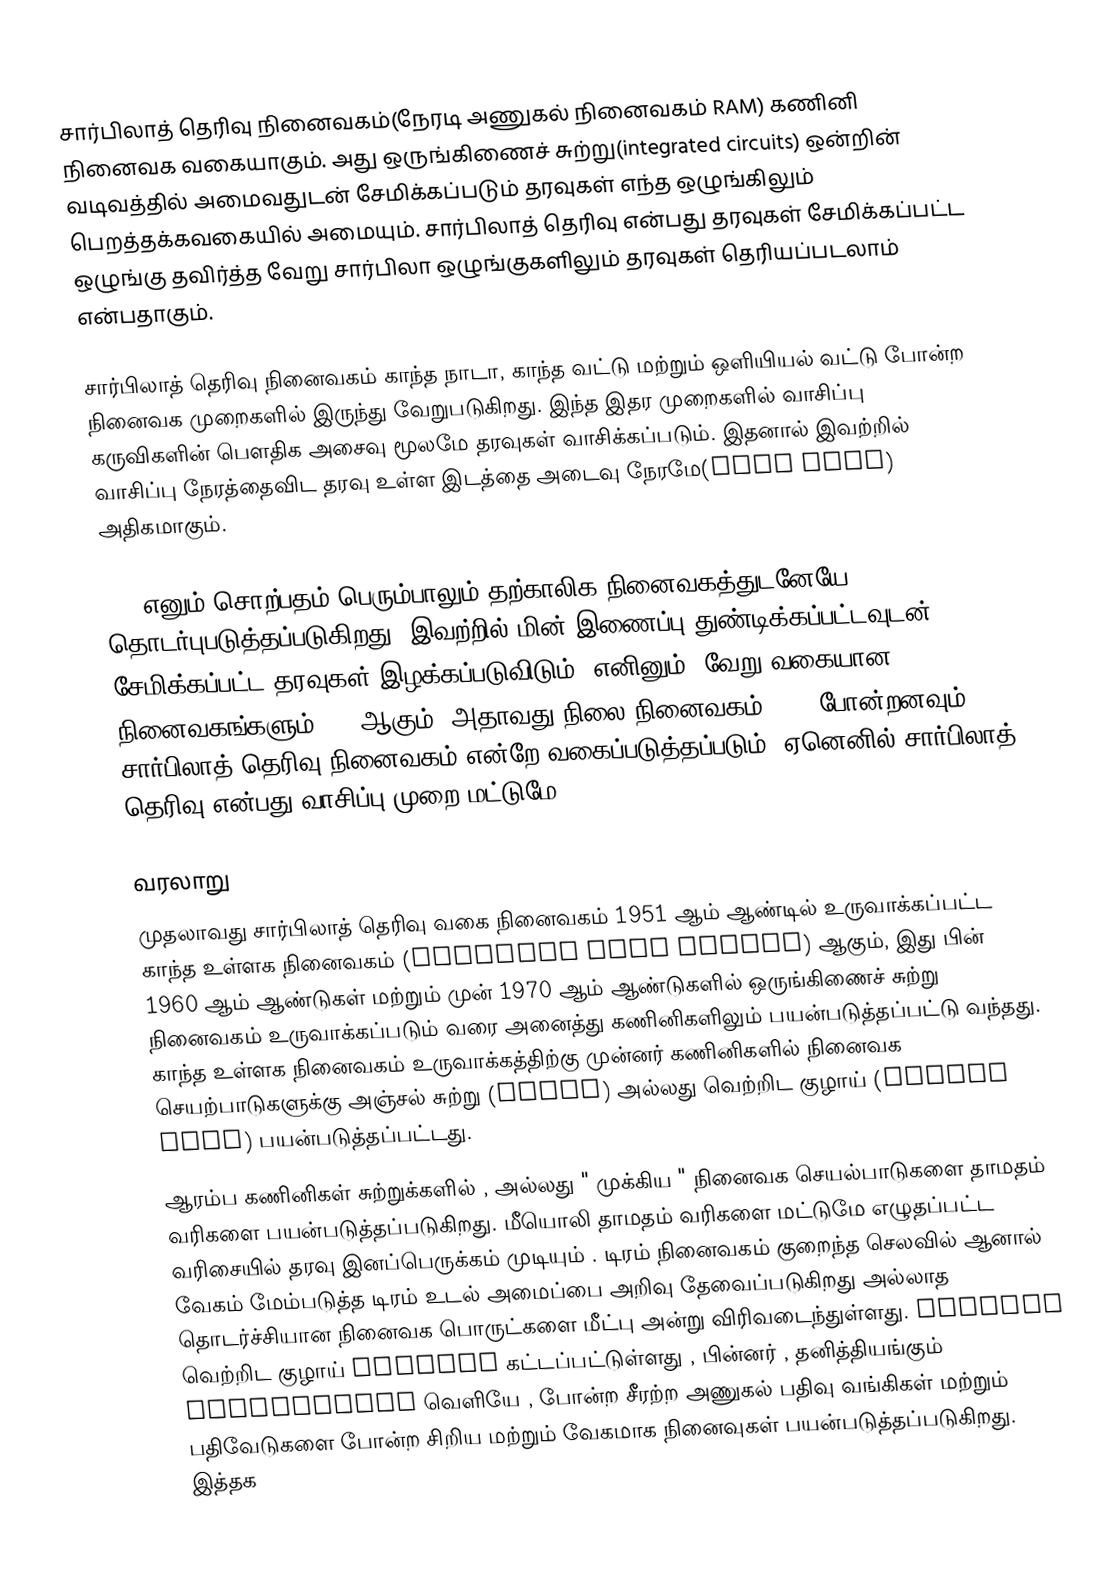
சார்பிலாத் தெரிவு நினைவகம்(நேரடி அணுகல் நினைவகம் RAM) கணினி நினைவக வகையாகும். அது ஒருங்கிணைச் சுற்று(integrated circuits) ஒன்றின் வடிவத்தில் அமைவதுடன் சேமிக்கப்படும் தரவுகள் எந்த ஒழுங்கிலும் பெறத்தக்கவகையில் அமையும். சார்பிலாத் தெரிவு என்பது தரவுகள் சேமிக்கப்பட்ட ஒழுங்கு தவிர்த்த வேறு சார்பிலா ஒழுங்குகளிலும் தரவுகள் தெரியப்படலாம் என்பதாகும்.

சார்பிலாத் தெரிவு நினைவகம் காந்த நாடா, காந்த வட்டு மற்றும் ஒளியியல் வட்டு போன்ற நினைவக முறைகளில் இருந்து வேறுபடுகிறது. இந்த இதர முறைகளில் வாசிப்பு கருவிகளின் பௌதிக அசைவு மூலமே தரவுகள் வாசிக்கப்படும். இதனால் இவற்றில் வாசிப்பு நேரத்தைவிட தரவு உள்ள இடத்தை அடைவு நேரமே(seek time) அதிகமாகும்.

RAM எனும் சொற்பதம்  பெரும்பாலும் தற்காலிக நினைவகத்துடனேயே தொடர்புபடுத்தப்படுகிறது. இவற்றில் மின் இணைப்பு துண்டிக்கப்பட்டவுடன் சேமிக்கப்பட்ட தரவுகள் இழக்கப்படுவிடும். எனினும், வேறு வகையான நினைவகங்களும் RAM ஆகும், அதாவது நிலை நினைவகம்(ROM) போன்றனவும் சார்பிலாத் தெரிவு நினைவகம் என்றே வகைப்படுத்தப்படும். ஏனெனில் சார்பிலாத் தெரிவு என்பது வாசிப்பு முறை மட்டுமே.

வரலாறு
முதலாவது சார்பிலாத் தெரிவு வகை நினைவகம் 1951 ஆம் ஆண்டில் உருவாக்கப்பட்ட காந்த உள்ளக நினைவகம் (magnetic core memory) ஆகும், இது பின் 1960 ஆம் ஆண்டுகள் மற்றும் முன் 1970 ஆம் ஆண்டுகளில் ஒருங்கிணைச் சுற்று நினைவகம் உருவாக்கப்படும் வரை அனைத்து கணினிகளிலும் பயன்படுத்தப்பட்டு வந்தது. காந்த உள்ளக நினைவகம் உருவாக்கத்திற்கு முன்னர் கணினிகளில் நினைவக செயற்பாடுகளுக்கு அஞ்சல் சுற்று (relay) அல்லது வெற்றிட குழாய் (vacuum tube) பயன்படுத்தப்பட்டது.
ஆரம்ப கணினிகள் சுற்றுக்களில் , அல்லது " முக்கிய " நினைவக செயல்பாடுகளை தாமதம் வரிகளை பயன்படுத்தப்படுகிறது. மீயொலி தாமதம் வரிகளை மட்டுமே எழுதப்பட்ட வரிசையில் தரவு இனப்பெருக்கம் முடியும் . டிரம் நினைவகம் குறைந்த செலவில் ஆனால் வேகம் மேம்படுத்த டிரம் உடல் அமைப்பை அறிவு தேவைப்படுகிறது அல்லாத தொடர்ச்சியான நினைவக பொருட்களை மீட்பு அன்று விரிவடைந்துள்ளது. LATCHES வெற்றிட குழாய் triodes கட்டப்பட்டுள்ளது , பின்னர் , தனித்தியங்கும் transistors வெளியே , போன்ற சீரற்ற அணுகல் பதிவு வங்கிகள் மற்றும் பதிவேடுகளை போன்ற சிறிய மற்றும் வேகமாக நினைவுகள் பயன்படுத்தப்படுகிறது. இத்தக